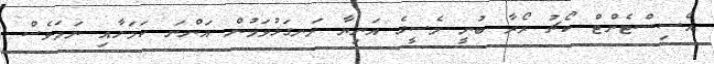
އެސިސްޓެންޓް ކޯޗު ރޯރާ ބުނީ މެސީގެ އަނިޔާ ރަނގަޅުވަމުން އަންނަ ކަމަށާއި ނަމަވެސް